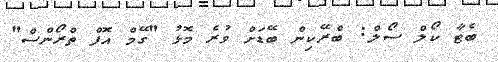
ބެޓާ ކޯލް ސޯލް: ބްރޭކިން ބޭޑަށް ވުރެ މޮޅު "ގޭމް އޮފް ތްރޯންސް"